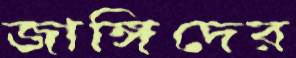
জাঙ্গিদের